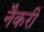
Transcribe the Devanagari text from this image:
नैकरी